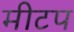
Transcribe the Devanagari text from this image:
मीटप